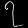
Digit: ၇